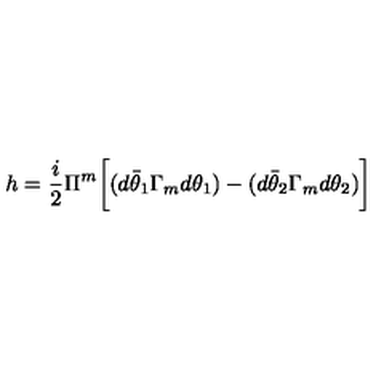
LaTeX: h = { \frac { i } { 2 } } \Pi ^ { m } \biggl [ ( d \bar { \theta } _ { 1 } \Gamma _ { m } d \theta _ { 1 } ) - ( d \bar { \theta } _ { 2 } \Gamma _ { m } d \theta _ { 2 } ) \biggr ]